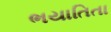
ભયાતિતા